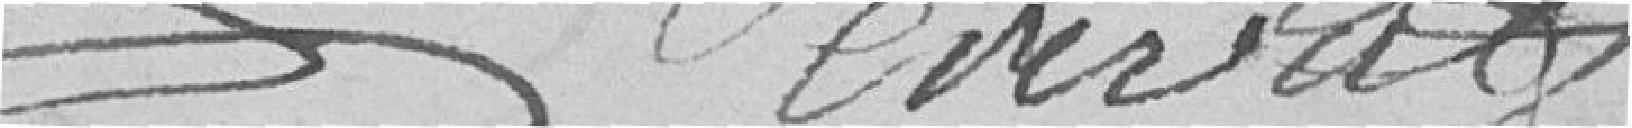
Errevat